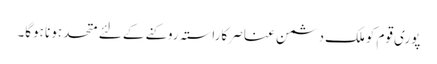
پوری قوم کوملک دشمن عناصر کاراستہ روکنے کے لئے متحد ہونا ہوگا۔